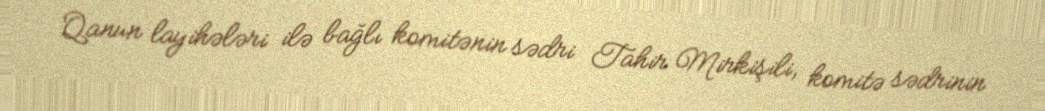
Qanun layihələri ilə bağlı komitənin sədri Tahir Mirkişili, komitə sədrinin